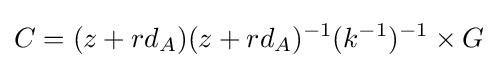
C=(z+rd_{A})(z+rd_{A})^{-1}(k^{-1})^{-1}\times G